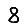
Digit: 8